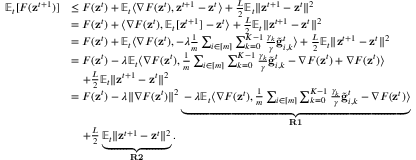
\begin{array} { r l } { \mathbb { E } _ { t } [ F ( \mathbf { z } ^ { t + 1 } ) ] } & { \leq F ( \mathbf { z } ^ { t } ) + \mathbb { E } _ { t } \langle \nabla F ( \mathbf { z } ^ { t } ) , \mathbf { z } ^ { t + 1 } - \mathbf { z } ^ { t } \rangle + \frac { L } { 2 } \mathbb { E } _ { t } \Vert \mathbf { z } ^ { t + 1 } - \mathbf { z } ^ { t } \Vert ^ { 2 } } \\ & { = F ( \mathbf { z } ^ { t } ) + \langle \nabla F ( \mathbf { z } ^ { t } ) , \mathbb { E } _ { t } [ \mathbf { z } ^ { t + 1 } ] - \mathbf { z } ^ { t } \rangle + \frac { L } { 2 } \mathbb { E } _ { t } \Vert \mathbf { z } ^ { t + 1 } - \mathbf { z } ^ { t } \Vert ^ { 2 } } \\ & { = F ( \mathbf { z } ^ { t } ) + \mathbb { E } _ { t } \langle \nabla F ( \mathbf { z } ^ { t } ) , - \lambda \frac { 1 } { m } \sum _ { i \in [ m ] } \sum _ { k = 0 } ^ { K - 1 } \frac { \gamma _ { k } } { \gamma } \tilde { \mathbf { g } } _ { i , k } ^ { t } \rangle + \frac { L } { 2 } \mathbb { E } _ { t } \Vert \mathbf { z } ^ { t + 1 } - \mathbf { z } ^ { t } \Vert ^ { 2 } } \\ & { = F ( \mathbf { z } ^ { t } ) - \lambda \mathbb { E } _ { t } \langle \nabla F ( \mathbf { z } ^ { t } ) , \frac { 1 } { m } \sum _ { i \in [ m ] } \sum _ { k = 0 } ^ { K - 1 } \frac { \gamma _ { k } } { \gamma } \tilde { \mathbf { g } } _ { i , k } ^ { t } - \nabla F ( \mathbf { z } ^ { t } ) + \nabla F ( \mathbf { z } ^ { t } ) \rangle } \\ & { \quad + \frac { L } { 2 } \mathbb { E } _ { t } \Vert \mathbf { z } ^ { t + 1 } - \mathbf { z } ^ { t } \Vert ^ { 2 } } \\ & { = F ( \mathbf { z } ^ { t } ) - \lambda \Vert \nabla F ( \mathbf { z } ^ { t } ) \Vert ^ { 2 } \underbrace { - \lambda \mathbb { E } _ { t } \langle \nabla F ( \mathbf { z } ^ { t } ) , \frac { 1 } { m } \sum _ { i \in [ m ] } \sum _ { k = 0 } ^ { K - 1 } \frac { \gamma _ { k } } { \gamma } \tilde { \mathbf { g } } _ { i , k } ^ { t } - \nabla F ( \mathbf { z } ^ { t } ) \rangle } _ { \mathbf { R 1 } } } \\ & { \quad + \frac { L } { 2 } \underbrace { \mathbb { E } _ { t } \Vert \mathbf { z } ^ { t + 1 } - \mathbf { z } ^ { t } \Vert ^ { 2 } } _ { \mathbf { R 2 } } . } \end{array}